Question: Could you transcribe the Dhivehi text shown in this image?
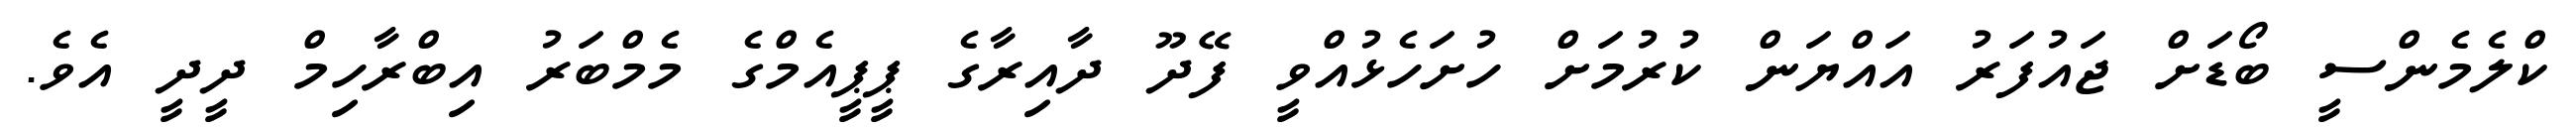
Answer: ކްލެމެންސީ ބޯޑަށް ޖައުފަރު އައްޔަން ކުރުމަށް ހުށަހެޅުއްވީ ފޭދޫ ދާއިރާގެ ޕީޕީއެމްގެ މެމްބަރު އިބްރާހިމް ދީދީ އެވެ.